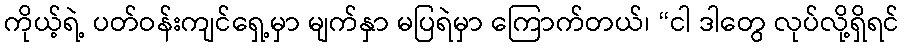
ကိုယ့်ရဲ့ ပတ်ဝန်းကျင်ရှေ့မှာ မျက်နှာ မပြရဲမှာ ကြောက်တယ်၊ “ငါ ဒါတွေ လုပ်လို့ရှိရင်